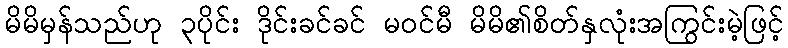
မိမိမှန်သည်ဟု ၃ပိုင်း ဒိုင်းခင်ခင် မဝင်မီ မိမိ၏စိတ်နှလုံးအကြွင်းမဲ့ဖြင့်